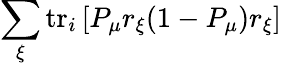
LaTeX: \sum_{\xi}\mathrm{tr}_{i}\left[P_{\mu}r_{\xi}(\mathrm{1}-P_{\mu})r_{\xi}\right]